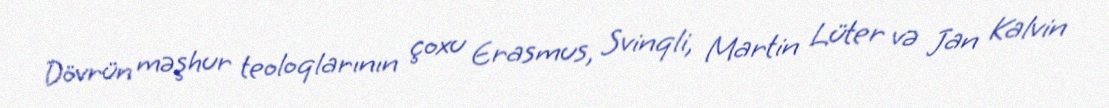
Dövrün məşhur teoloqlarının çoxu Erasmus, Svinqli, Martin Lüter və Jan Kalvin